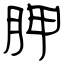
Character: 胛